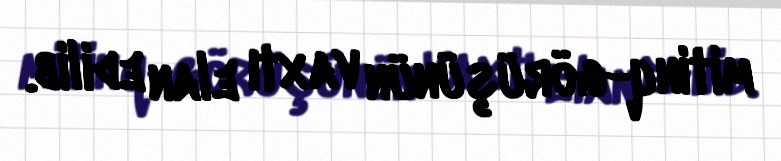
mitinq-görüşünün vaxtı elan edilib.